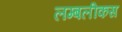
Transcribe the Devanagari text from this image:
लम्बलीकस